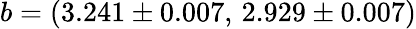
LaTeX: b=(3.241\pm 0.007,\, 2.929\pm 0.007)